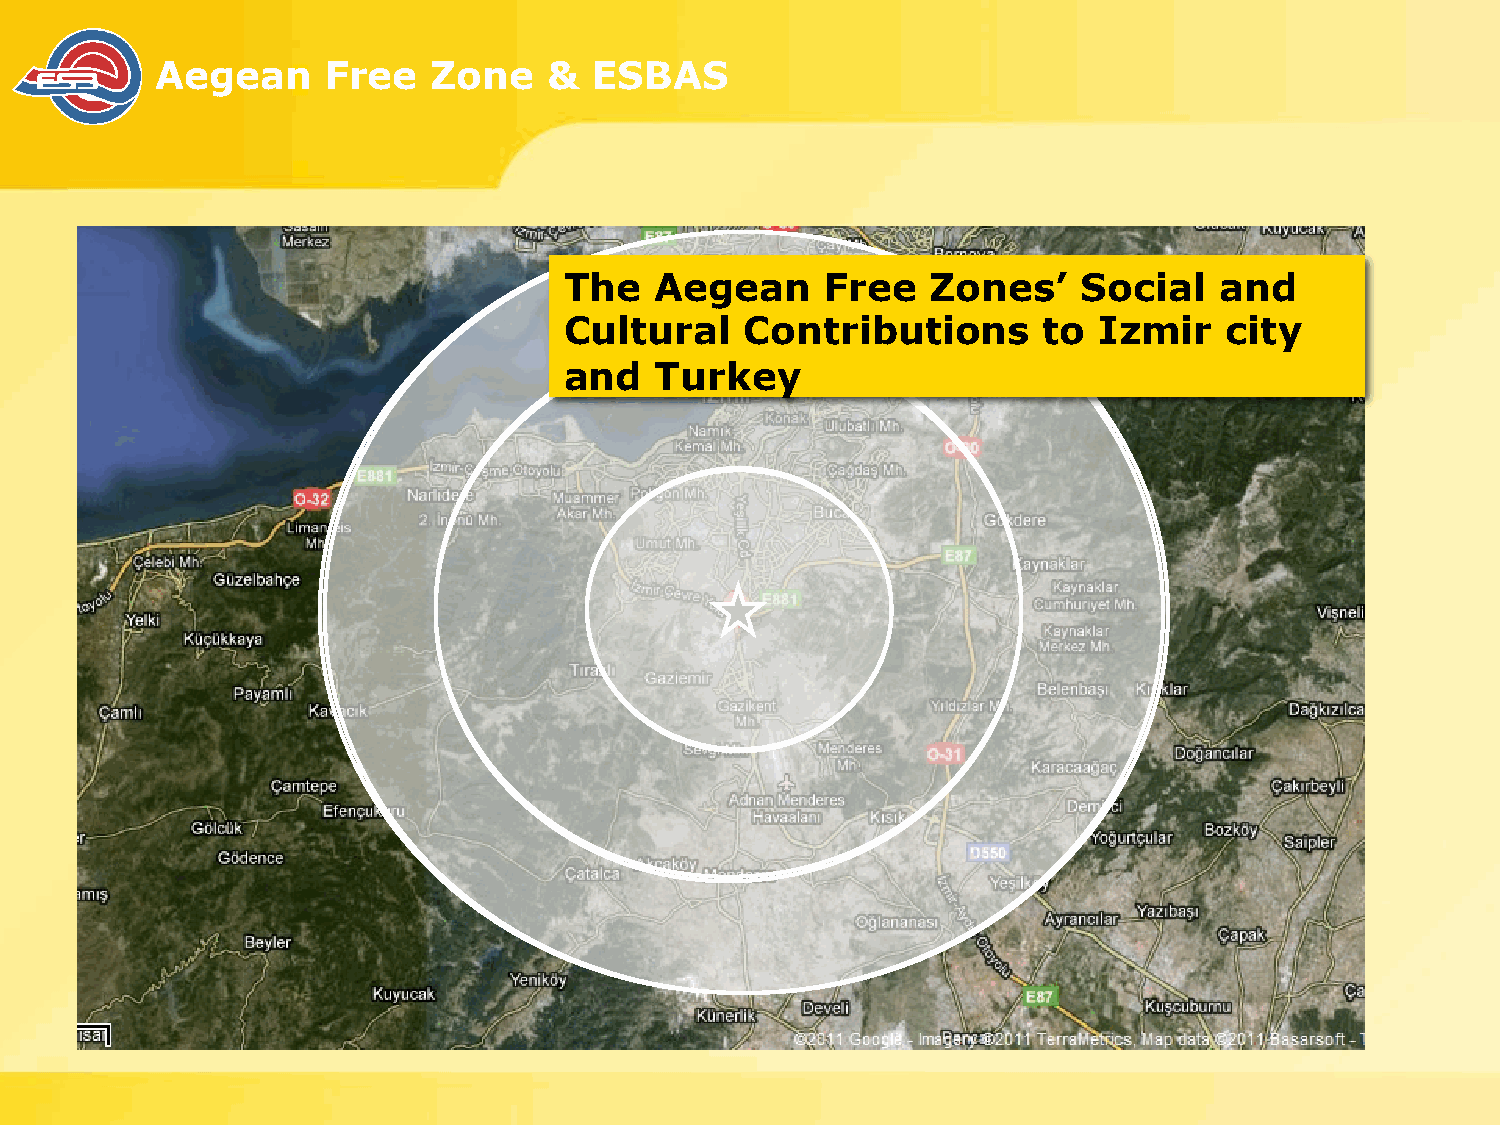
Aegean      Free   Zone   &  ESBAS
 The   Aegean      Free   Zones’    Social   and
 Cultural    Contributions       to  Izmir   city
 and   Turkey